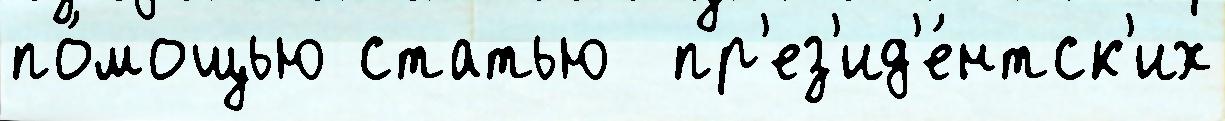
по́мощью статью  пр'ез'ид'е́нтск'их